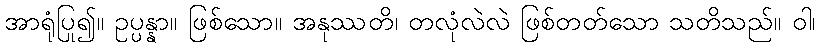
အာရုံပြု၍။ ဥပ္ပန္နာ။ ဖြစ်သော။ အနုဿတိ၊ တလုံလဲလဲ ဖြစ်တတ်သော သတိသည်။ ဝါ၊